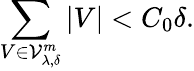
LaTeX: \sum_{V\in\mathcal{V}_{\lambda,\delta}^{m}}\left\lvert V\right\rvert<C_{0}\delta.